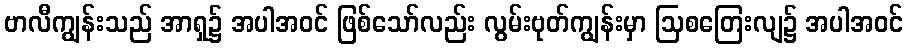
ဗာလီကျွန်းသည် အာရှ၌ အပါအဝင် ဖြစ်သော်လည်း လွမ်းဗုတ်ကျွန်းမှာ ဩစတြေးလျ၌ အပါအဝင်